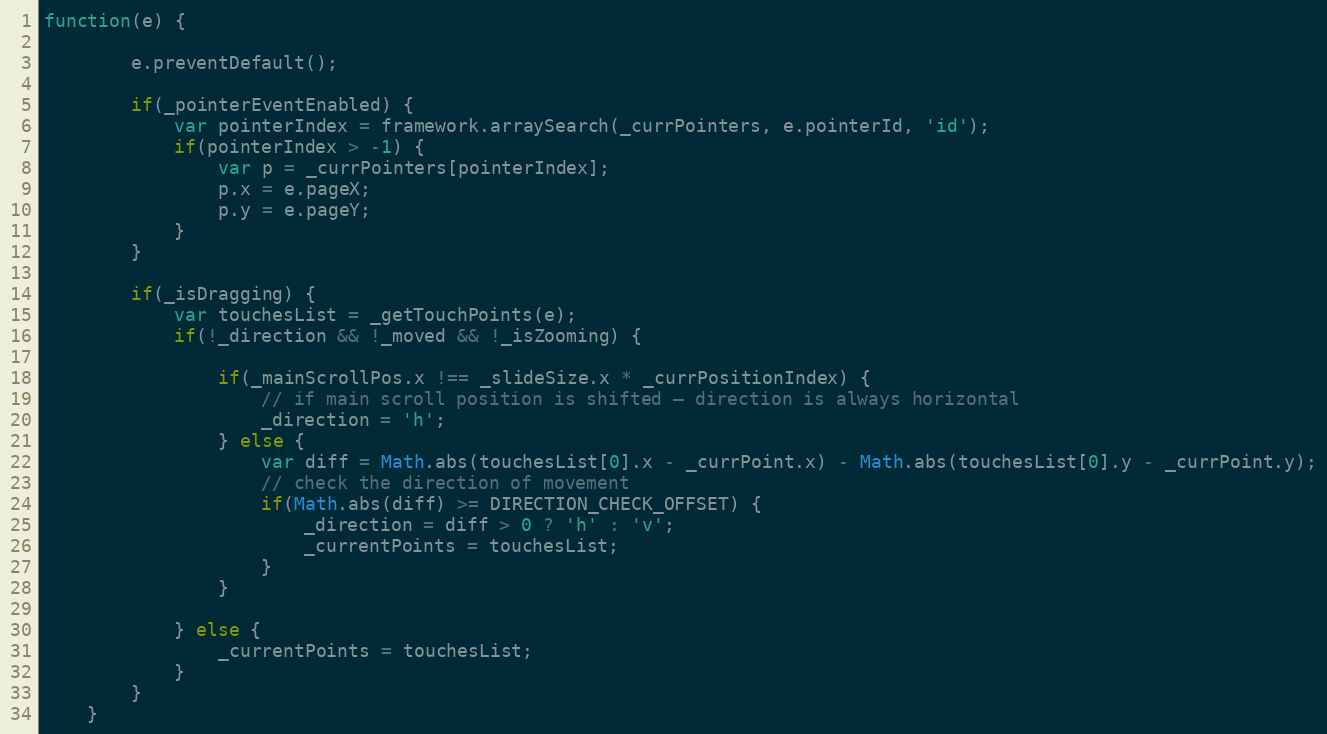
Language: JavaScript
function(e) {

		e.preventDefault();

		if(_pointerEventEnabled) {
			var pointerIndex = framework.arraySearch(_currPointers, e.pointerId, 'id');
			if(pointerIndex > -1) {
				var p = _currPointers[pointerIndex];
				p.x = e.pageX;
				p.y = e.pageY;
			}
		}

		if(_isDragging) {
			var touchesList = _getTouchPoints(e);
			if(!_direction && !_moved && !_isZooming) {

				if(_mainScrollPos.x !== _slideSize.x * _currPositionIndex) {
					// if main scroll position is shifted – direction is always horizontal
					_direction = 'h';
				} else {
					var diff = Math.abs(touchesList[0].x - _currPoint.x) - Math.abs(touchesList[0].y - _currPoint.y);
					// check the direction of movement
					if(Math.abs(diff) >= DIRECTION_CHECK_OFFSET) {
						_direction = diff > 0 ? 'h' : 'v';
						_currentPoints = touchesList;
					}
				}

			} else {
				_currentPoints = touchesList;
			}
		}
	}